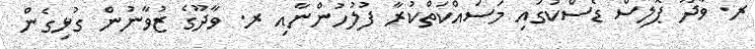
ރ. ވާދޫ ޕޮލިސް ޑެސްކުގައި މަސައްކަތްކުރާ ފުލުހުންނާއި ރ. ވާދޫގެ ޒުވާނުން ގުޅިގެން